Indian Civil Veterinary Department memoirs
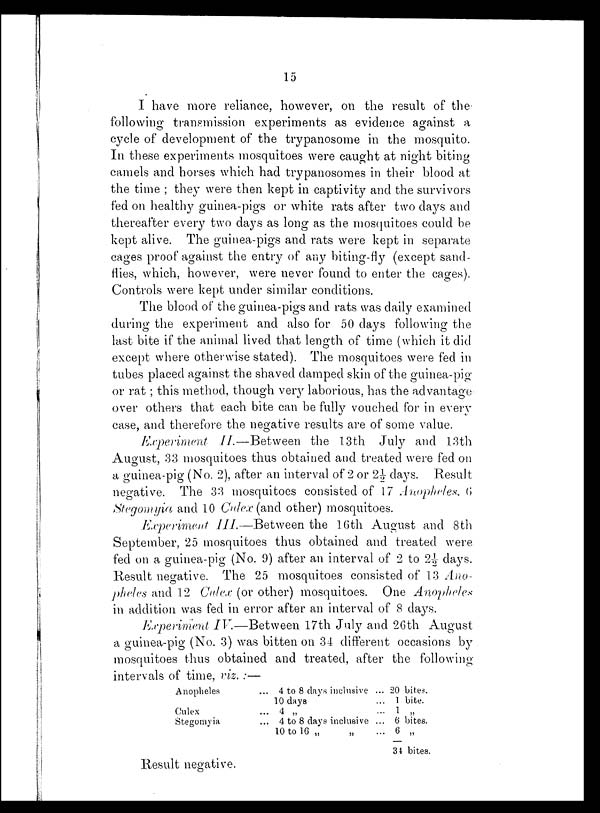
15
I have more reliance, however, on the result of the
following transmission experiments as evidence against a
cycle of development of the trypanosome in the mosquito.
In these experiments mosquitoes were caught at night biting
camels and horses which had trypanosomes in their blood at
the time ; they were then kept in captivity and the survivors
fed on healthy guinea-pigs or white rats after two days and
thereafter every two days as long as the mosquitoes could be
kept alive. The guinea-pigs and rats were kept in separate
cages proof against the entry of any biting-fly (except sand-
flies, which, however, were never found to enter the cages).
Controls were kept under similar conditions.
The blood of the guinea-pigs and rats was daily examined
during the experiment and also for 50 days following the
last bite if the animal lived that length of time (which it did
except where otherwise stated). The mosquitoes were fed in
tubes placed against the shaved damped skin of the guinea-pig
or rat ; this method, though very laborious, has the advantage
over others that each bite can be fully vouched for in every
case, and therefore the negative results are of some value.
Experiment II.—Between the 13th July and 13th
August, 33 mosquitoes thus obtained and treated were fed on
a guinea-pig (No. 2), after an interval of 2 or 2½ days. Result
negative. The 33 mosquitoes consisted of 17 Anopheles, 6
Stegomyia and 10 Culex (and other) mosquitoes.
Experiment III.—Between the 16th August and 8th
September, 25 mosquitoes thus obtained and treated were
fed on a guinea-pig (No. 9) after an interval of 2 to 2½ days.
Result negative. The 25 mosquitoes consisted of 13 Ano-
pheles and 12 Culex (or other) mosquitoes. One Anopheles
in addition was fed in error after an interval of 8 days.
Experiment IV.—Between 17th July and 26th August
a guinea-pig (No. 3) was bitten on 34 different occasions by
mosquitoes thus obtained and treated, after the following
intervals of time, viz. :—
Anopheles
Culex
Stegomyia
... 4 to 8 days inclusive ... 20 bites.
10 days
...
1 bite.
... 4 „
...
1 „
... 4 to 8 days inclusive ... 6 bites.
10 to 16 „
„
...
6 „
34 bites.
Result negative.